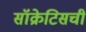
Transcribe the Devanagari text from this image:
सॉक्रेटिसची